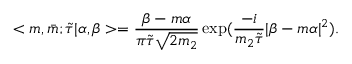
< m , \bar { m } ; \tilde { \tau } | \alpha , \beta > = \frac { \beta - m \alpha } { \pi \tilde { \tau } \sqrt { 2 m _ { 2 } } } \exp ( \frac { - i } { m _ { 2 } \tilde { \tau } } | \beta - m \alpha | ^ { 2 } ) .